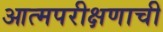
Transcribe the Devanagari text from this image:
आत्मपरीक्षणाची